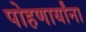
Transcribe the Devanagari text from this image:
पोहणार्यांना